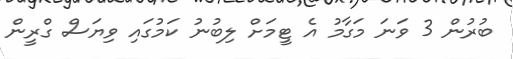
ބުރުން 3 ވަނަ މަގާމު އެ ޓީމަށް ލިބުނު ކަމުގައި ވިޔަސް ގްރީން